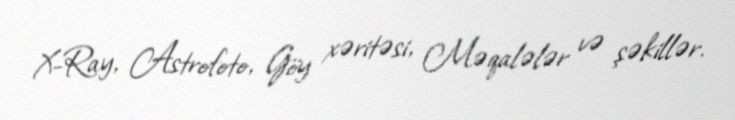
X-Ray, Astrofoto, Göy xəritəsi, Məqalələr və şəkillər.